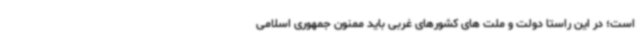
است؛ در این راستا دولت و ملت های کشورهای غربی باید ممنون جمهوری اسلامی